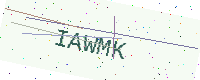
Text: IAWMK